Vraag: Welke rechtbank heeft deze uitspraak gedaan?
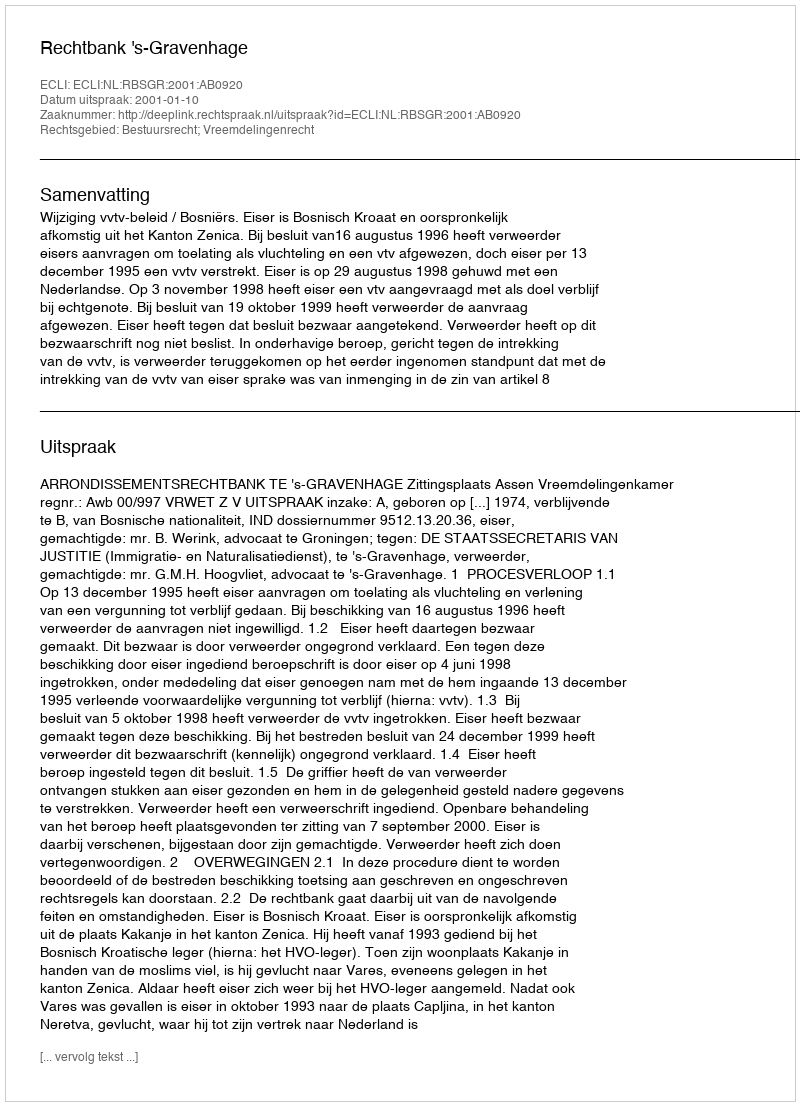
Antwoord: Rechtbank 's-Gravenhage